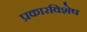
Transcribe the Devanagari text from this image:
प्रकारविशेष